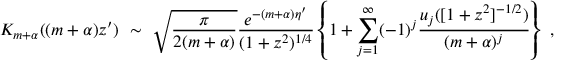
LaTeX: K _ { m + \alpha } ( ( m + \alpha ) z ^ { \prime } ) \ \sim \ \sqrt { \frac { \pi } { 2 ( m + \alpha ) } } \frac { e ^ { - ( m + \alpha ) \eta ^ { \prime } } } { ( 1 + z ^ { 2 } ) ^ { 1 / 4 } } \left\{ 1 + \sum _ { j = 1 } ^ { \infty } ( - 1 ) ^ { j } \frac { u _ { j } ( [ 1 + z ^ { 2 } ] ^ { - 1 / 2 } ) } { ( m + \alpha ) ^ { j } } \right\} \ ,